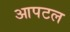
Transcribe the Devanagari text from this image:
आपटल